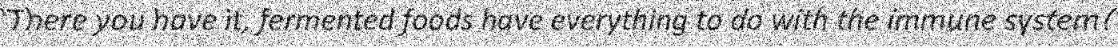
"There you have it, fermented foods have everything to do with the immune system!"